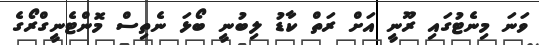
ވަނަ މިނެޓުގައި ރޫނީ އަށް ރަތް ކާޑު ލިބުނީ ބޯޅަ ނެތިސް މޮންޓެނީގްރޯގެ